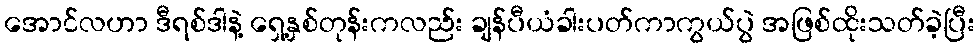
အောင်လဟာ ဒီရစ်ဒါနဲ့ ရှေ့နှစ်တုန်းကလည်း ချန်ပီယံခါးပတ်ကာကွယ်ပွဲ အဖြစ်ထိုးသတ်ခဲ့ပြီး